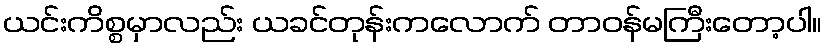
ယင်းကိစ္စမှာလည်း ယခင်တုန်းကလောက် တာဝန်မကြီးတော့ပါ။